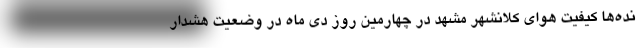
نده‌ها کیفیت هوای کلانشهر مشهد در چهارمین روز دی ماه در وضعیت هشدار